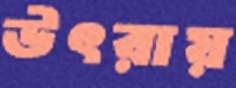
উৎরায়